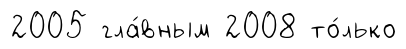
2005 гла́вным 2008 то́лько